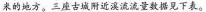
米的地方。三座古城附近溪流流量数据见下表。